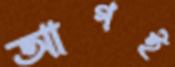
আগই